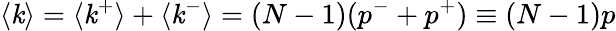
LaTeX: \langle\mathit{k}\rangle=\langle\mathit{k}^{+}\rangle+\langle\mathit{k}^{-}\rangle=(N-1)(p^{-}+p^{+})\equiv(N-1)p